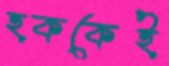
হককেই